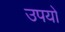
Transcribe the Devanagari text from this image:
उपयो